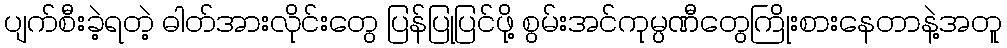
ပျက်စီးခဲ့ရတဲ့ ဓါတ်အားလိုင်းတွေ ပြန်ပြုပြင်ဖို့ စွမ်းအင်ကုမ္ပဏီတွေကြိုးစားနေတာနဲ့အတူ